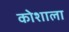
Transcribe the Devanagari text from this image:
कोशाला